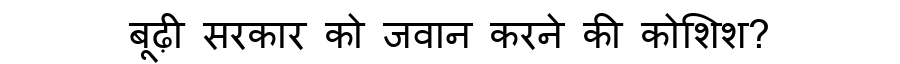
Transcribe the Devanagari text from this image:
बूढ़ी सरकार को जवान करने की कोशिश?